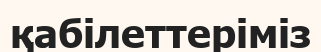
қабілеттеріміз